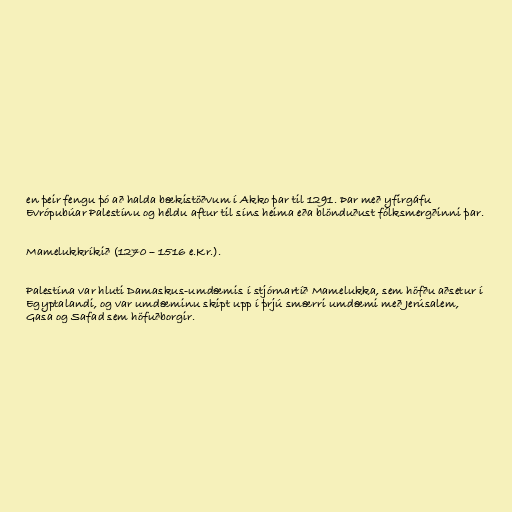
en þeir fengu þó að halda bækistöðvum í Akko þar til 1291. Þar með yfirgáfu
Evrópubúar Palestínu og héldu aftur til síns heima eða blönduðust fólksmergðinni þar.

Mamelukkríkið (1270 – 1516 e.Kr.).

Palestína var hluti Damaskus-umdæmis í stjórnartíð Mamelukka, sem höfðu aðsetur í
Egyptalandi, og var umdæminu skipt upp í þrjú smærri umdæmi með Jerúsalem,
Gasa og Safad sem höfuðborgir.